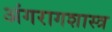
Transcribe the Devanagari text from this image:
अंगरागशास्त्र